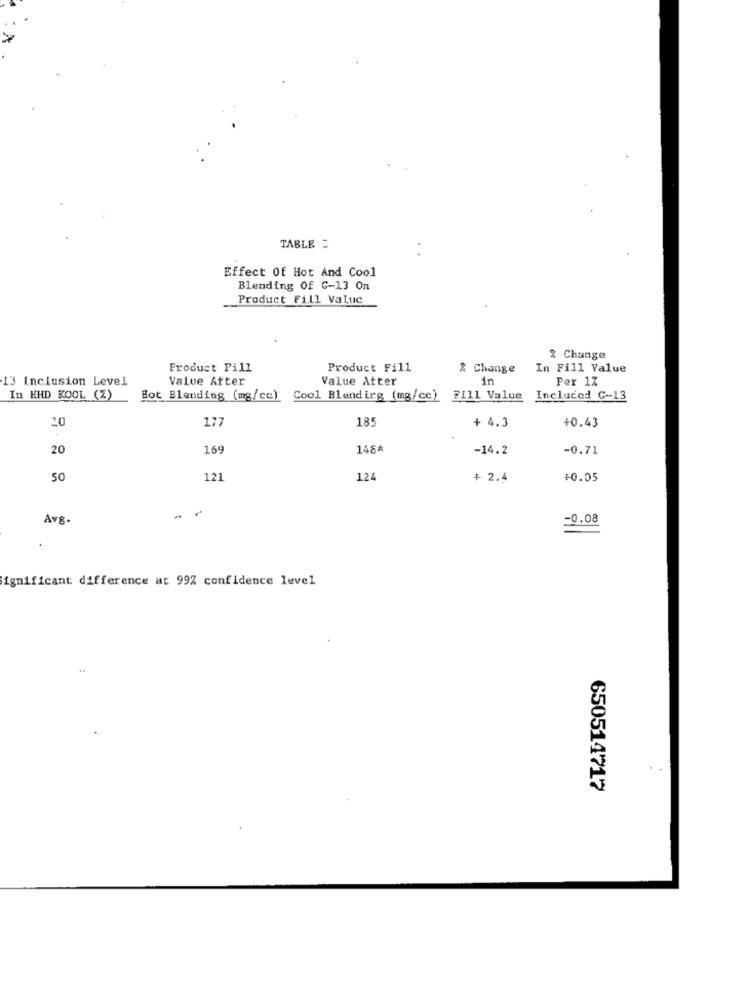
TABLE =
Effect Of Hot And Cool
Blending Of C-13 On
Product Fill Value
2 Change
Product Pill
Product Fill
% Change
In Fill Value
13 Inclusion Level
Value After
Value Atter
in
Per 1%
In HHD KOOL (Z)
Hot Blending (mg/cc) Cool Blending (mg/cc)
7111 Value
Included G-13
10
177
185
+0.43
+ 4.3
20
169
148*
-14.2
-0.71
50
121
124
+ 2.4
+0.05
Av8-
=0.08
ignificant difference at 99% confidence level
650514717